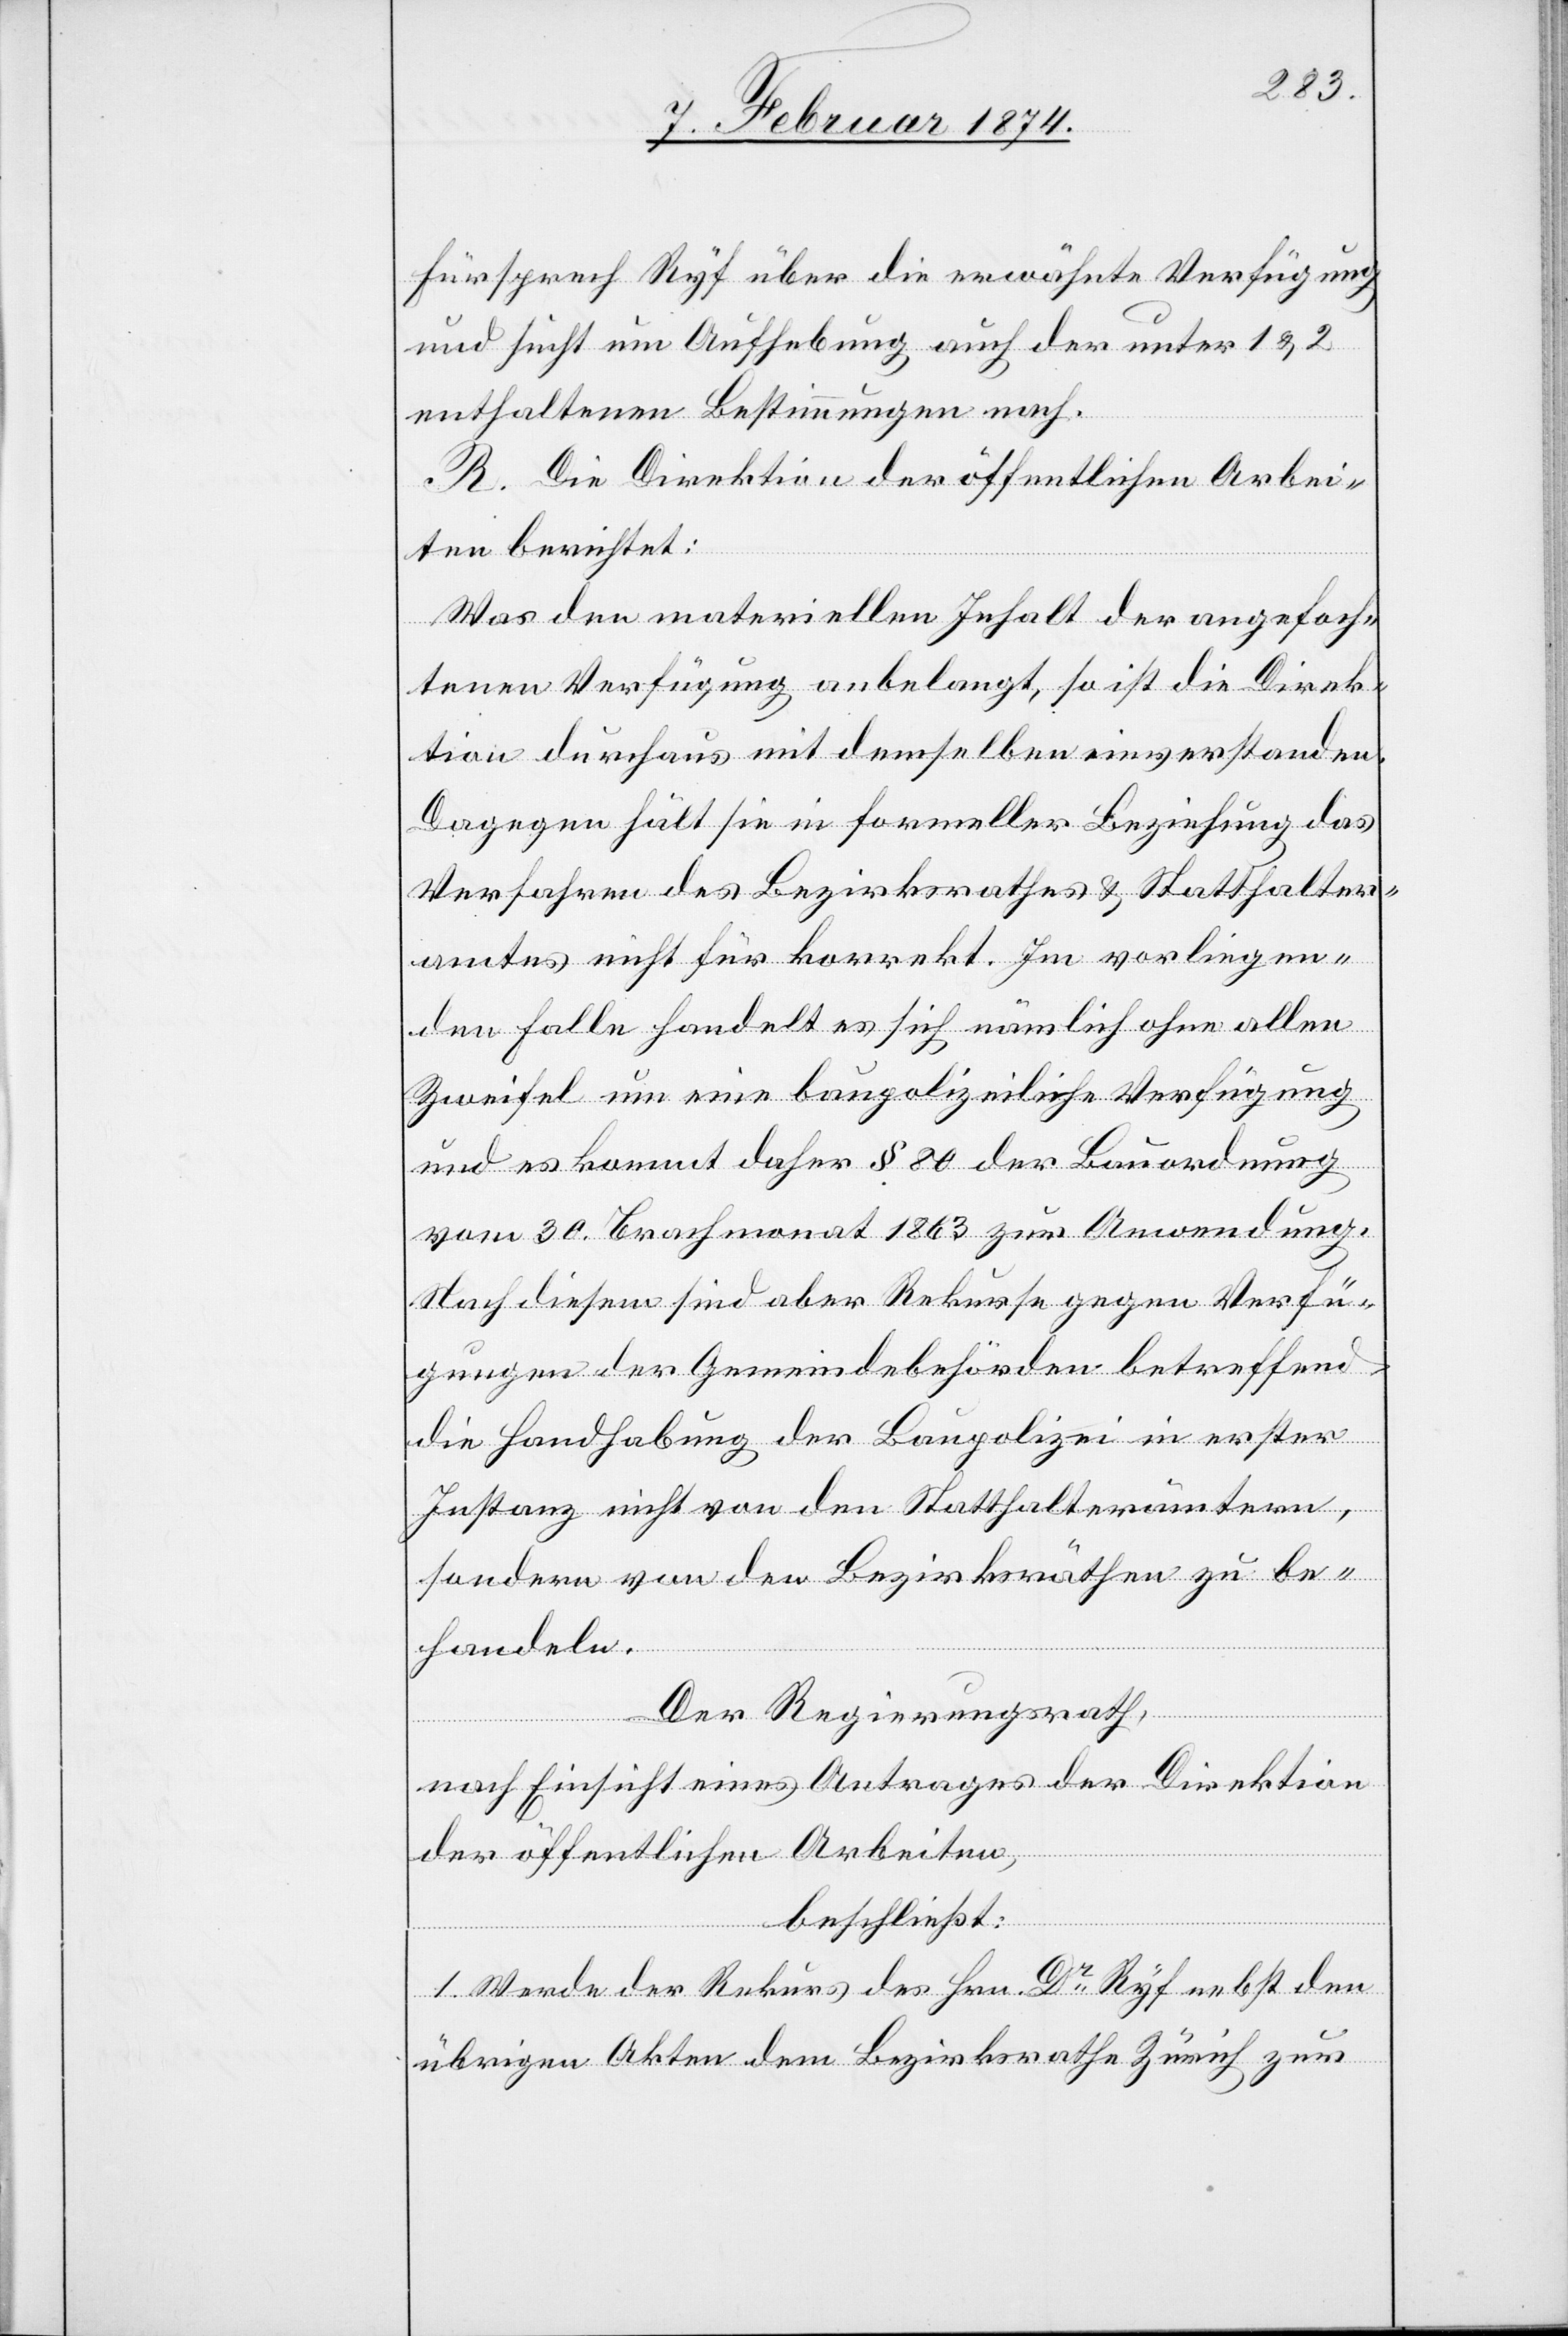
Fürsprech Ryf über die erwähnte Verfügung
und sucht um Aufhebung auch der unter 1 u. 2
enthaltenen Bestimmungen nach.
R. Die Direktion der öffentlichen Arbei¬
ten berichtet:
Was den materiellen Inhalt der angefoch¬
tenen Verfügung anbelangt, so ist die Direk¬
tion durchaus mit demselben einverstanden.
Dagegen hält sie in formeller Beziehung das
Verfahren des Bezirksrathes u. Statthalter¬
amtes nicht für korrekt. Im vorliegen¬
den Falle handelt es sich nämlich ohne allen
Zweifel um eine baupolizeiliche Verfügung
und es kommt daher § 80 der Bauordnung
vom 30. Brachmonat 1863 zur Anwendung.
Nach diesem sind aber Rekurse gegen Verfü¬
gungen der Gemeindebehörden betreffend
die Handhabung der Baupolizei in erster
Instanz nicht von den Statthalterämtern,
sondern von den Bezirksräthen zu be¬
handeln.
Der Regierungsrath,
nach Einsicht eines Antrages der Direktion
der öffentlichen Arbeiten,
beschließt:
1. Werde der Rekurs des Hrn. Dr Ryf nebst den
übrigen Akten dem Bezirksrathe Zürich zur